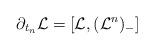
LaTeX: \begin{align*}\partial_{t_n}\mathcal{L}=[\mathcal{L},(\mathcal{L}^n)_-]\end{align*}